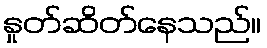
နှုတ်ဆိတ်နေသည်။